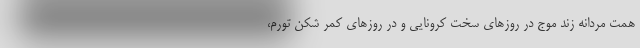
همت مردانه زند موج در روزهای سخت کرونایی و در روزهای کمر شکن تورم،